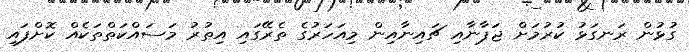
ގުޅުން ރަނގަޅު ކުރުމަށް ޖަޕާނާއި ޗައިނާއިން މިއަހަރުގެ ތެރޭގައި އިތުރު މަސައްކަތްތަކެއް ކޮށްފައި